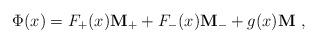
LaTeX: \begin{align*}\Phi (x) = F_+ (x) {\bf M_+} + F_- (x) {\bf M_-} + g(x) {\bf M}\ ,\end{align*}